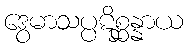
ဒွေမာသပ္ပဋိစ္ဆန္နာယ